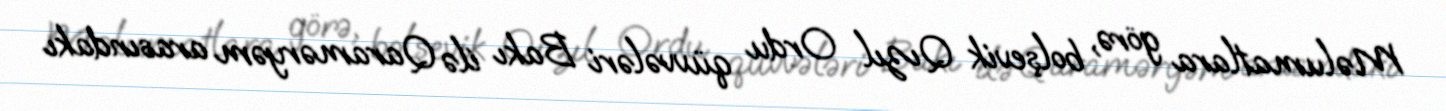
Məlumatlara görə, bolşevik Qızıl Ordu qüvvələri Bakı ilə Qaraməryəm arasındakı